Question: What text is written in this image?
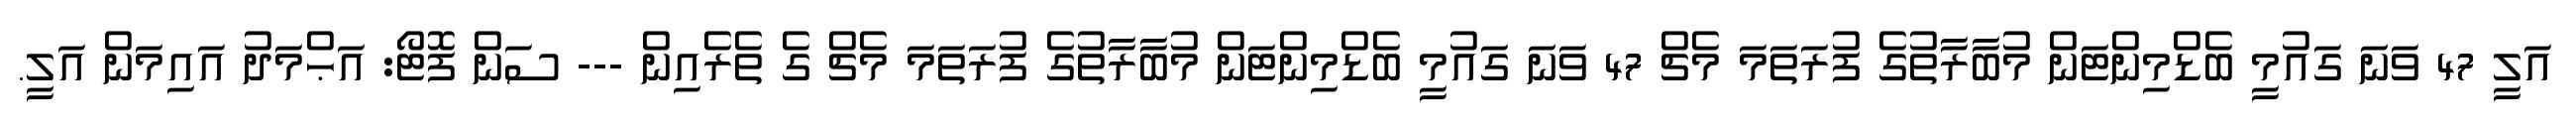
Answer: އަލީ 47 ވަނަ ގައުމީ ބެޑްމިންޓަން މުބާރާތުގެ ފުރަތަމަ މެޗް 47 ވަނަ ގައުމީ ބެޑްމިންޓަން މުބާރާތުގެ ފުރަތަމަ މެޗް ގެ ތެރެއިން --- ސަން ފޮޓޯ: އަޙްމަދު އައިމަން އަލީ.